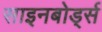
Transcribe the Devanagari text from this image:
साइनबोर्ड्स